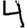
Digit: 4